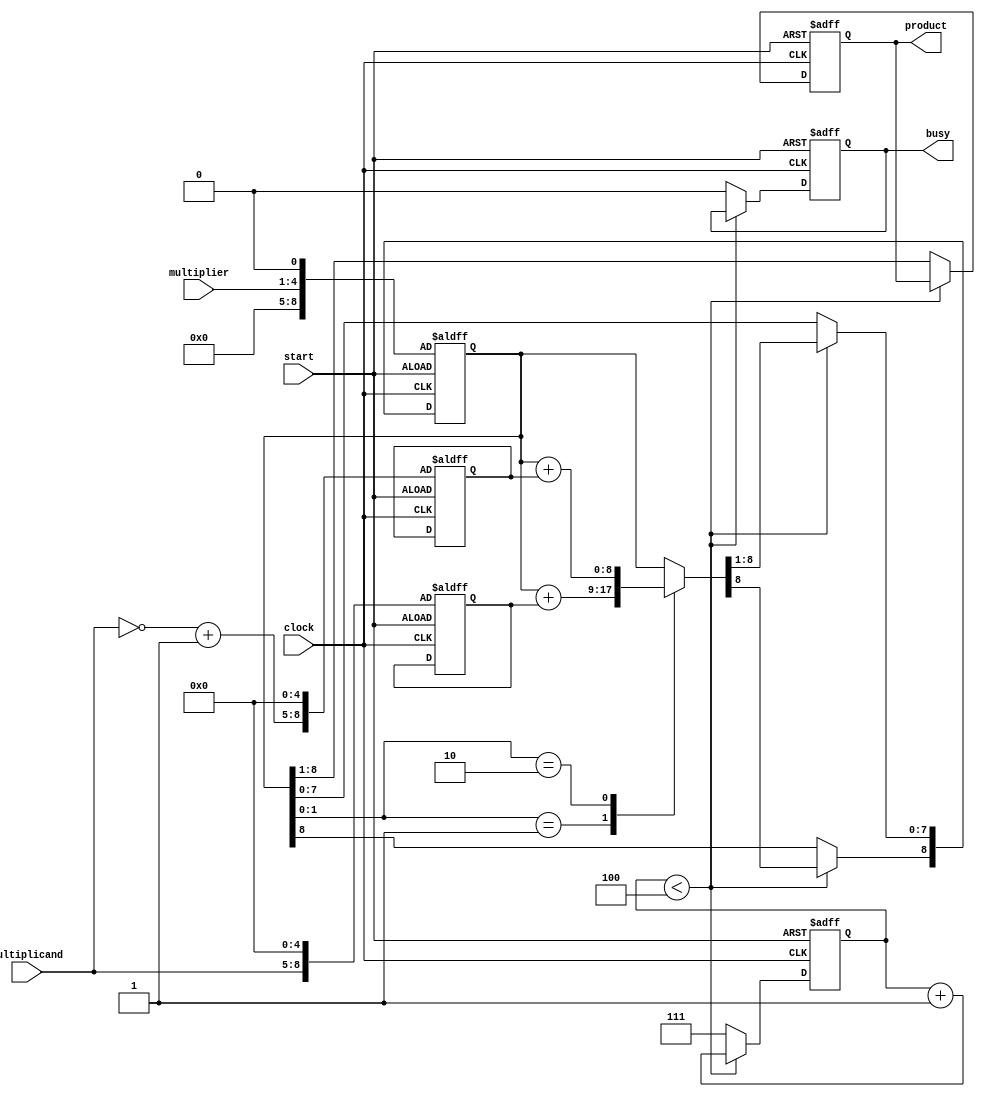
module Booth_Multiplier_1 (product,
									multiplicand,
									multiplier,
									clock,
									start,
									busy);
	output reg [7:0] product;										
	output reg busy;													
	input [3:0] multiplicand, multiplier;						
	input wire clock, start;										
	reg [8:0] A, S, P;
	reg [2:0] index;
	reg temp;
	always @(posedge clock or posedge start) begin									
		if (start) begin
			P = {4'b0000, multiplier, 1'b0};							
			index = 3'b000;												
			busy = 1'b1;													
			product = 8'b11111111;										
			A = {multiplicand, 5'b00000};								
			S = {~multiplicand + 1'b1, 5'b00000};
		end else	if (index < 3'b100) begin
			case ({P[1], P[0]})										
				2'b01:	P = (P + A);								
				2'b10:	P = (P + S);								
			endcase
			temp = P[8];												
			P = P >> 1;													
			P[8] = temp;												
			index = index + 1'b1;									
		end else begin
			busy = 1'b0;												
			{product, temp} = P;										
			index = 3'b111;											
		end
	end
endmodule